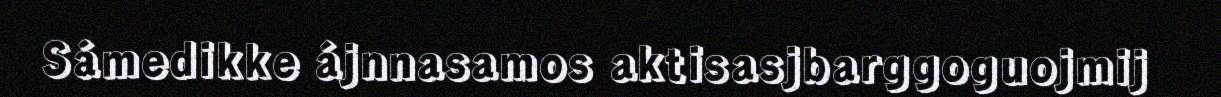
Sámedikke ájnnasamos aktisasjbarggoguojmij